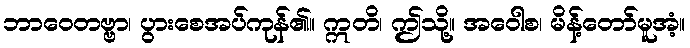
ဘာဝေတဗ္ဗာ၊ ပွားစေအပ်ကုန်၏။ ဣတိ၊ ဤသို့။ အဝေါစ၊ မိန့်တော်မူအံ့။